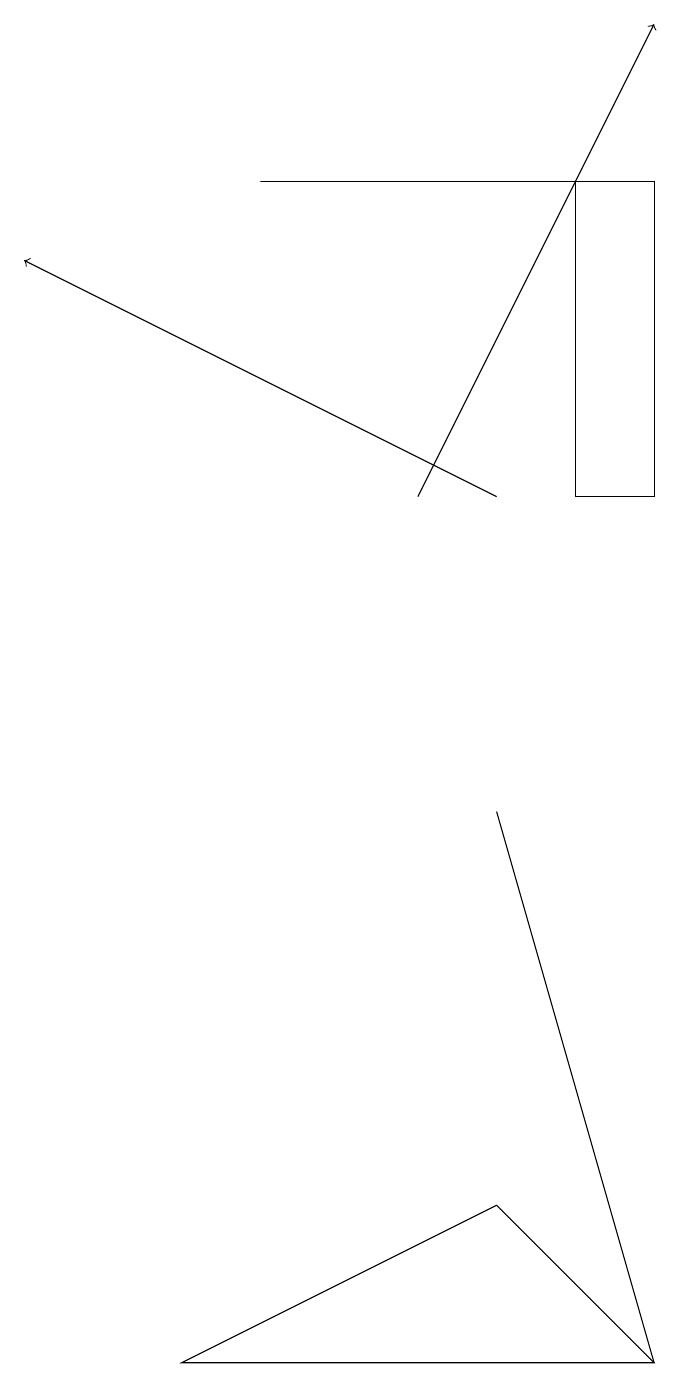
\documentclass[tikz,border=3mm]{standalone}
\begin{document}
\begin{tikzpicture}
\draw (7,15) rectangle (8,11);
\draw (2,0) -- (8,0) -- (6,2) -- cycle;
\draw[->] (5,11) -- (8,17);
\draw (6,7) -- (8,0) -- (6,7) -- cycle;
\draw (3,15) rectangle (8,15);
\draw[->] (6,11) -- (0,14);
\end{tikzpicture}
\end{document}